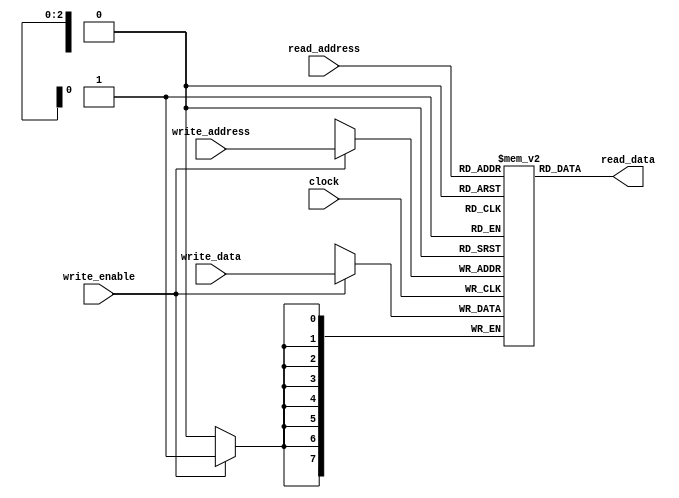

module reg_file(
	input clock,
	input write_enable,
	input [2:0] write_address,
	input [2:0] read_address,
	input [7:0] write_data,
	output [7:0] read_data
);

	reg [7:0] reg_file [7:0];

	always @(posedge clock )
		if(write_enable)
			reg_file[write_address] <= write_data;
	
	assign read_data = reg_file[read_address];

endmodule